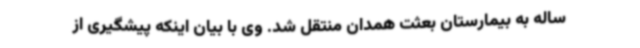
ساله به بیمارستان بعثت همدان منتقل شد. وی با بیان اینکه پیشگیری از